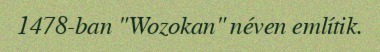
1478-ban "Wozokan" néven említik.